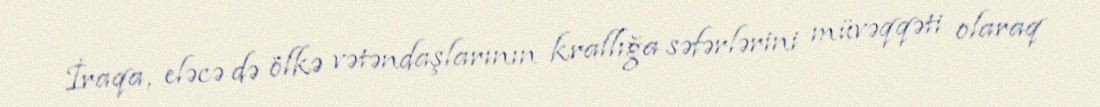
İraqa, eləcə də ölkə vətəndaşlarının krallığa səfərlərini müvəqqəti olaraq